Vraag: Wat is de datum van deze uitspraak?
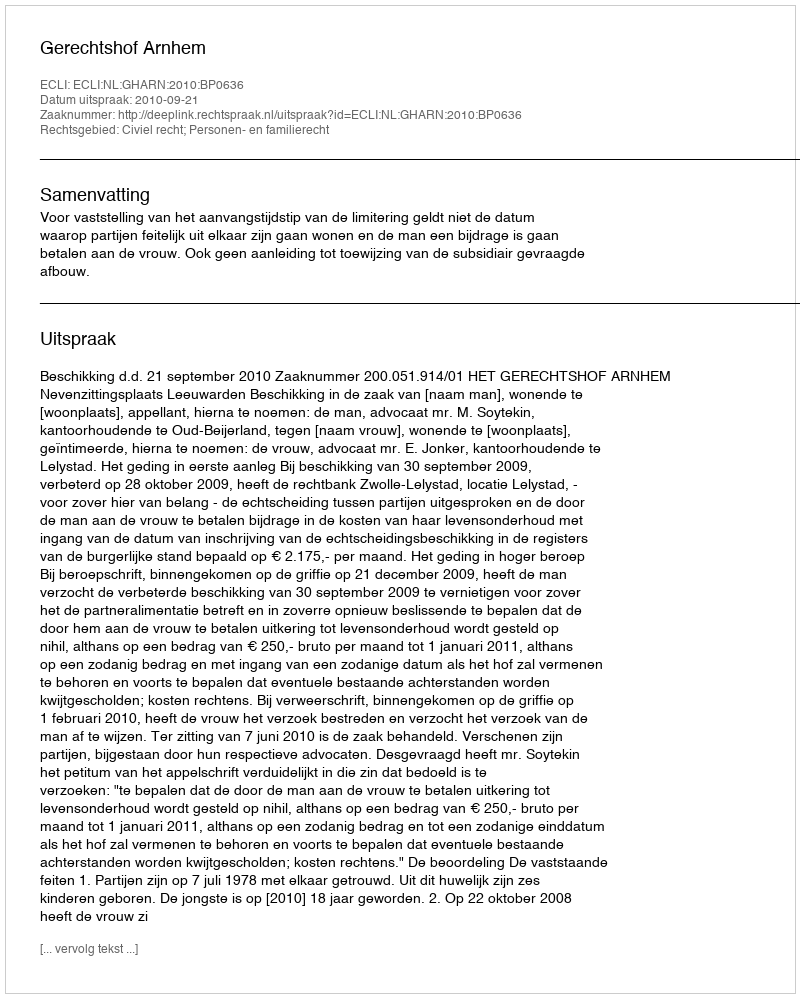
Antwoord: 2010-09-21